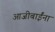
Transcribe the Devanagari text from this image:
आजीबाईंना